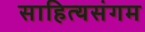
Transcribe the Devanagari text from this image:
साहित्यसंगम